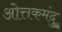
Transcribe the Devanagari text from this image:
ओत्तकमंदु